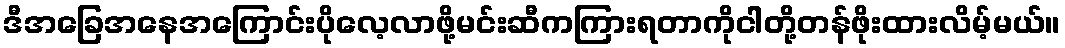
ဒီအခြေအနေအကြောင်းပိုလေ့လာဖို့မင်းဆီကကြားရတာကိုငါတို့တန်ဖိုးထားလိမ့်မယ်။